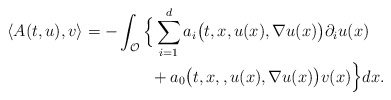
\begin{align*}\langle A(t,u), v \rangle = - & \int_{\mathcal{O}} \Big\{ \sum_{i=1}^{d} a_i\big(t,x,u(x),\nabla u(x)\big) \partial_i u(x) \\& ~~~~~~ + a_0\big(t,x,,u(x),\nabla u(x)\big) v(x) \Big\} dx .\end{align*}